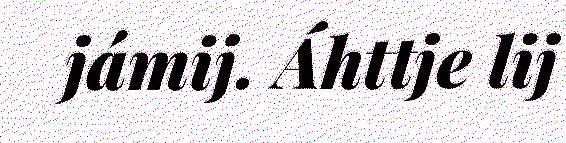
jámij. Áhttje lij